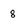
Character: 8